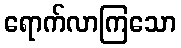
ရောက်လာကြသော